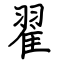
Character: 翟